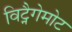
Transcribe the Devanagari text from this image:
विट्नैगेमोट